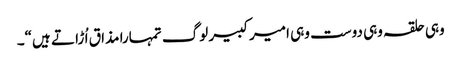
وہی حلقہ وہی دوست وہی امیر کبیر لوگ تمہارا مذا ق اُ ڑا تے ہیں“۔